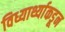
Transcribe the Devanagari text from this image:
विध्यार्थ्याकडून